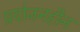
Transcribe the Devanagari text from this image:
प्रयोजनहीन